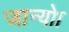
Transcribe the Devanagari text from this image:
जान्यो।